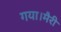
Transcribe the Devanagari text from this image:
गया।मैरी